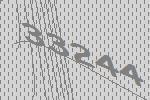
33244